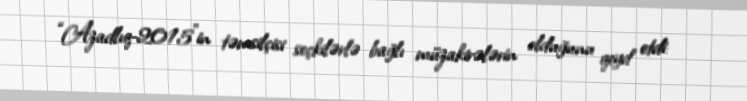
“Azadlıq-2015"in təmsilçisi seçkilərlə bağlı müzakirələrin olduğunu qeyd etdi: